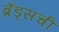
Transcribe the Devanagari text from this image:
ब्रॅड्सची